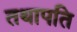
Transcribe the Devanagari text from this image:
तथापति